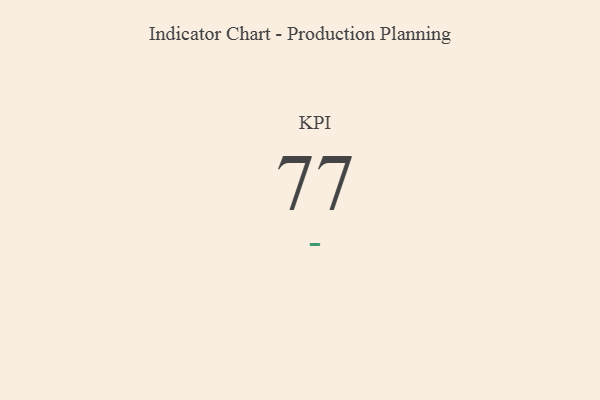
{"axis": {"x": "KPI", "y": "Value"}, "legend": [""], "data": [{"x": "KPI", "y": 77, "type": ""}]}